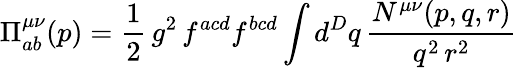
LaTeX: \Pi_{ab}^{\mu\nu}(p)=\frac{1}{2}\, g^{2}\, f^{acd}f^{bcd}\int d^{D}q\, \frac{N^{\mu\nu}(p,q,r)}{q^{2}\, r^{2}}